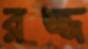
রজ্জ